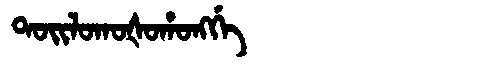
Manchu: ᡨᠣᡳᠯᠣᡴᠣᡧᠣᡥᠣᠩᡤᡝ
Romanization: TOILOKOŠOHONGGE